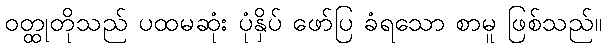
ဝတ္ထုတိုသည် ပထမဆုံး ပုံနှိပ် ဖော်ပြ ခံရသော စာမူ ဖြစ်သည်။